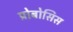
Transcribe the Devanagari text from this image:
प्रोबोसिस